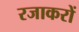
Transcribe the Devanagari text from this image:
रजाकरों